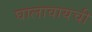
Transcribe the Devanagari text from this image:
घालावायची